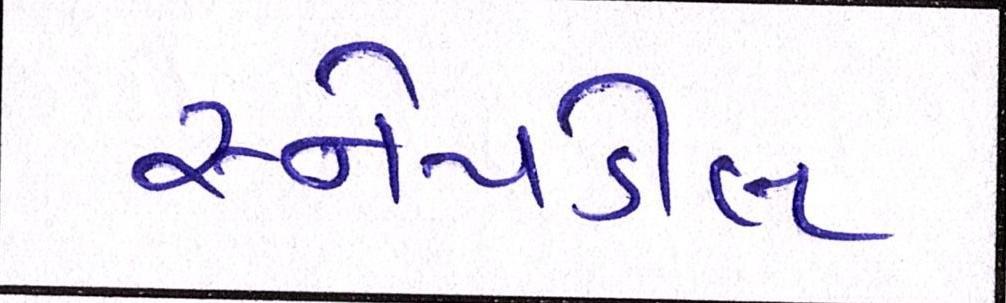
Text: સ્નેપડીલ